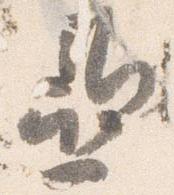
亜